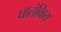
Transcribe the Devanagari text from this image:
घातंकित